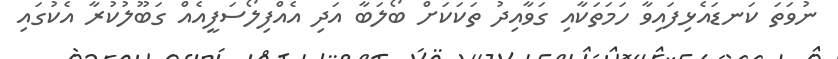
ނުވަތަ ކަނޑައެޅިފައިވާ ހަމަތަކާއި ގަވާއިދު ތަކަކަށް ބޯލަބާ އަދި އެއްފިލޯސަފީއެއް ގަބޫލުކުރާ އެކުގައި